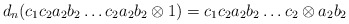
\begin{align*}d_n(c_1c_2a_2b_2 \dots c_2a_2b_2 \otimes 1) = c_1c_2a_2b_2 \dots c_2 \otimes a_2b_2\end{align*}